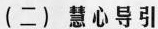
(二)慧心导引